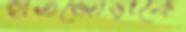
হাতজোড়াকে